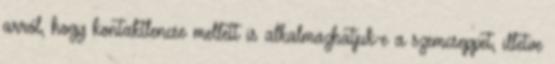
arról, hogy kontaktlencse mellett is alkalmazhatjuk-e a szemcseppet, illetve